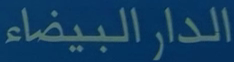
الدار البيضاء